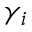
\gamma _ { i }